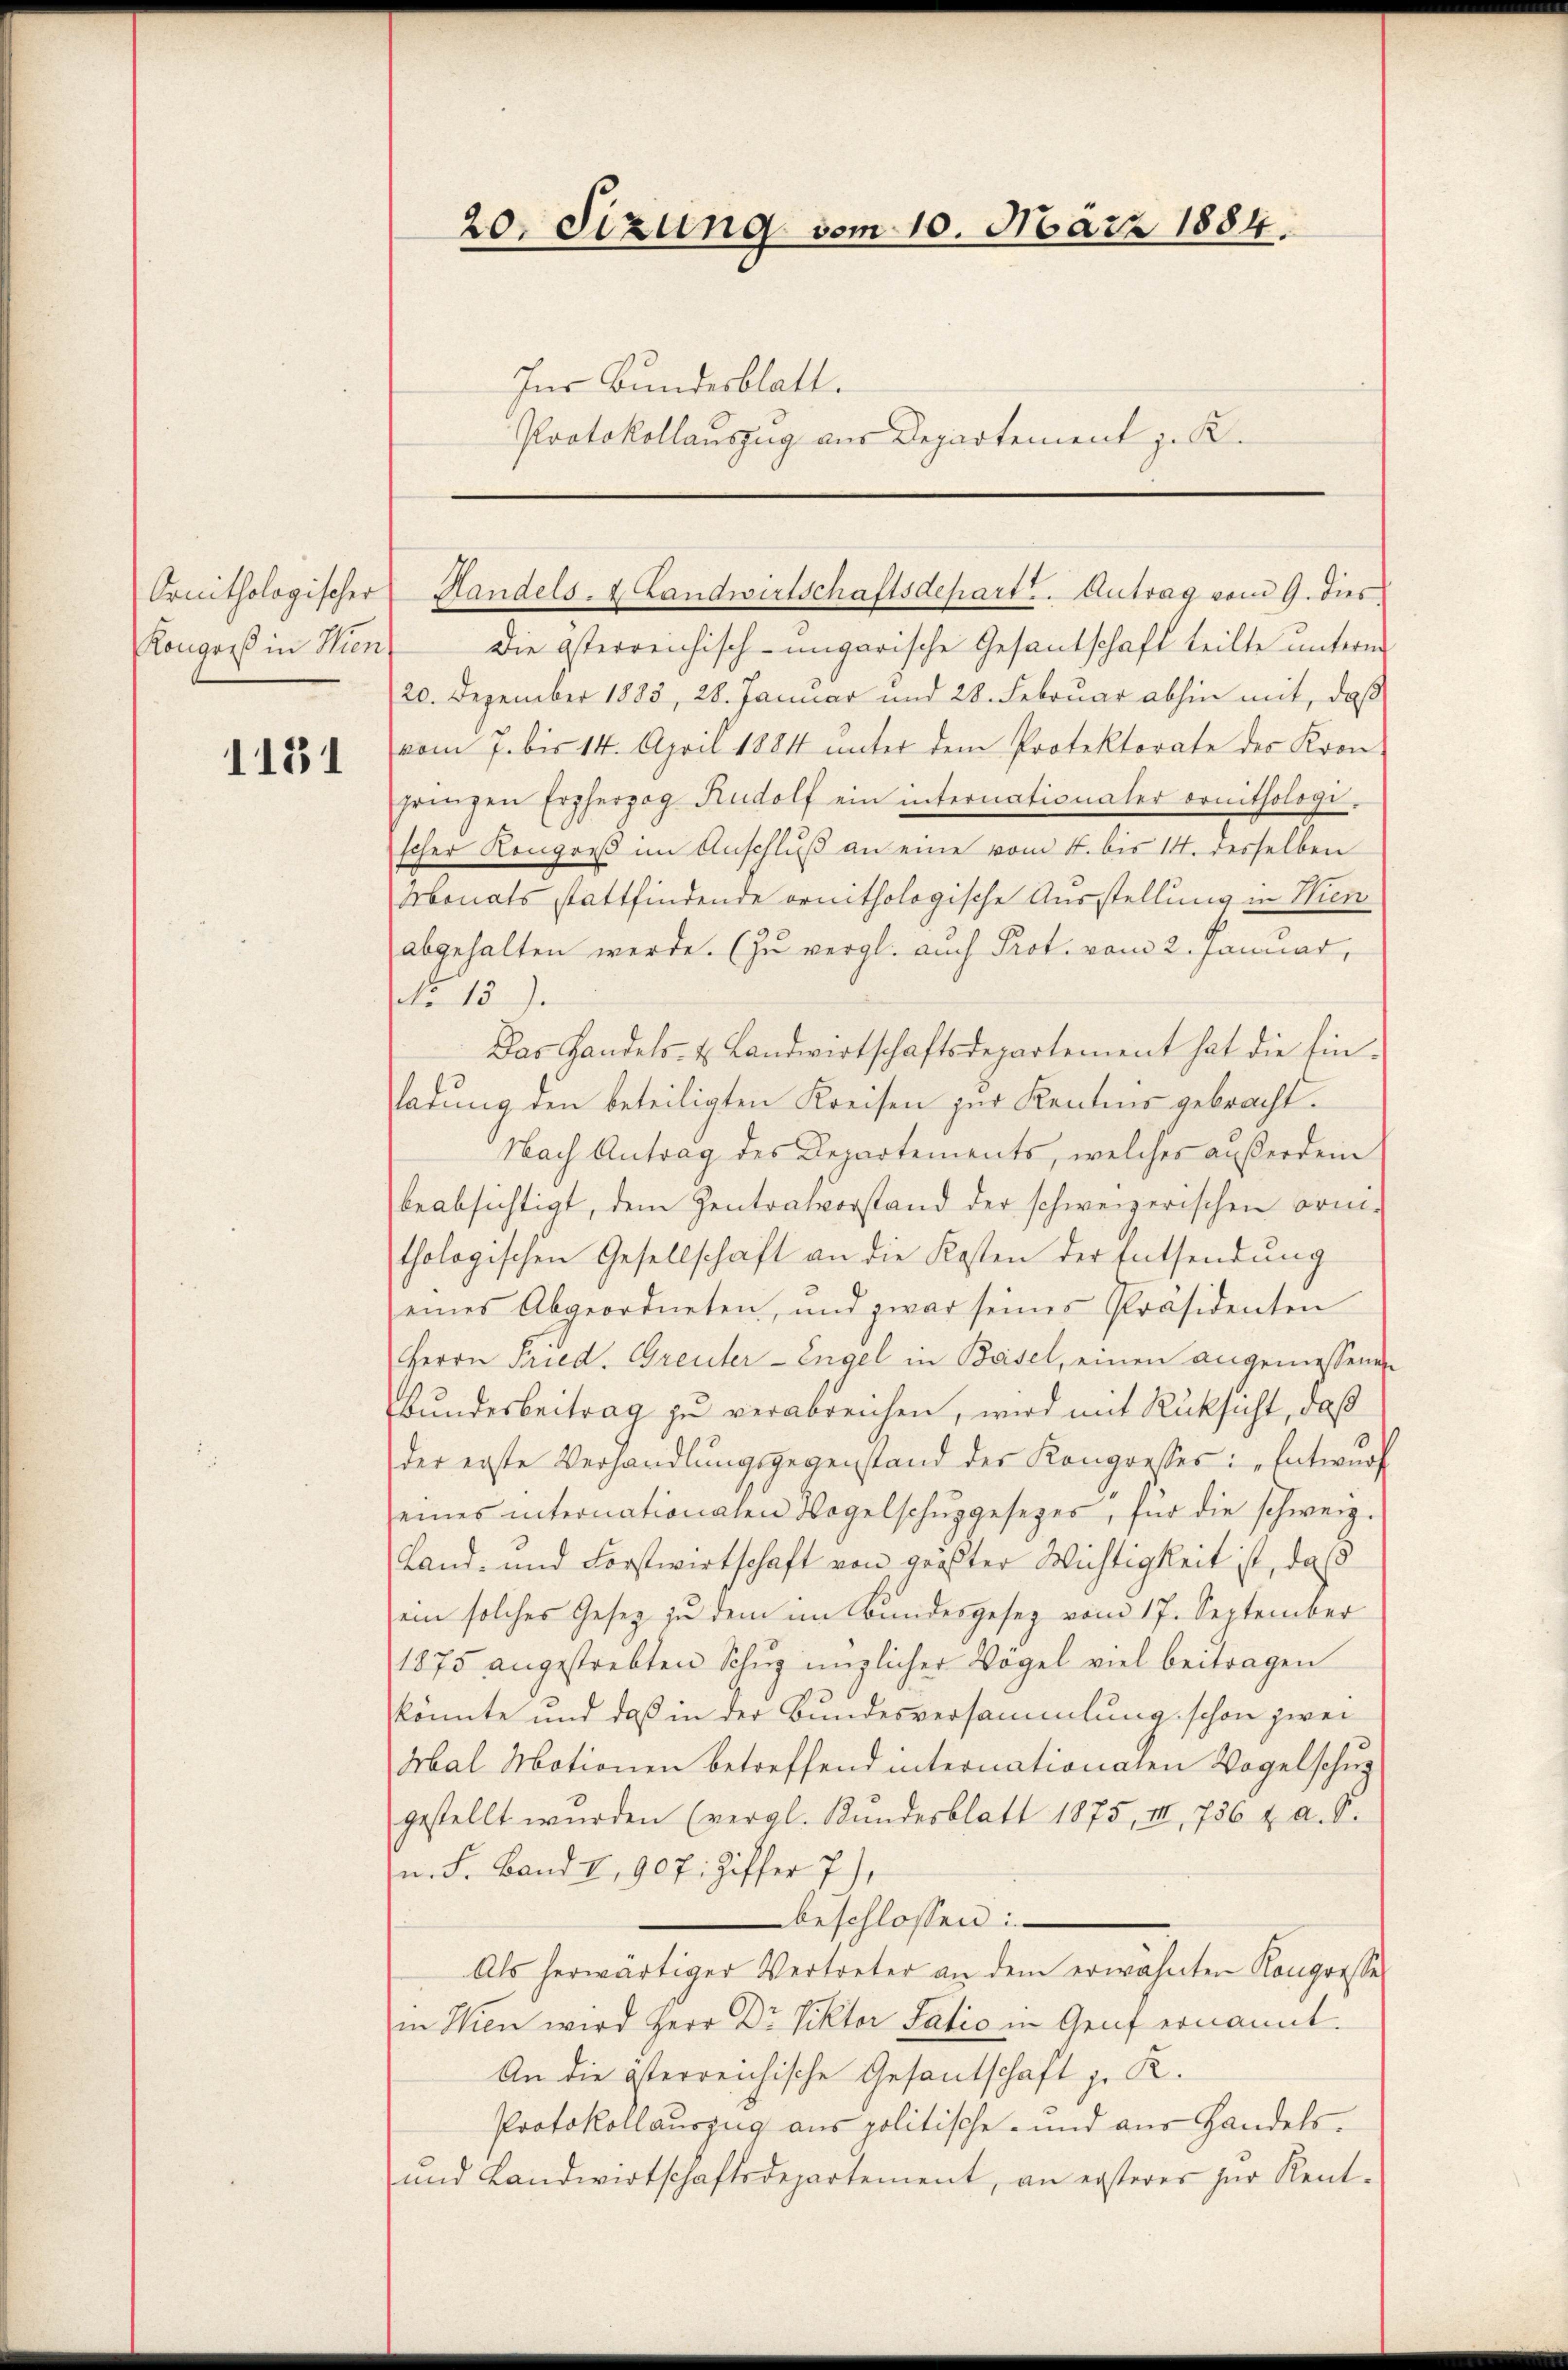
Kongreß in Wien

1131

20. Sizung vom 10. März 1884.
Ins Bundesblatt.
Protokollauszug aus Departement z. K.

Die österreichisch-ungarische Gesandschaft teilte unterm
20. Dezember 1885, 28. Januar und 28. Februar abhin mit, daß
vom 7. bis 14. April 1884 unter dem Protektorate des Kron-
pringen Erzherzog Rudolf ein internationaler ernithologi-
scher Kongreß im Anschluß an eine vom 4. bis 14. desselben
Monats stattfindende ornithologische Ausstellung in Wien
abgehalten werde. (zu vergl. auch Prot. vom 2. Januar,
No 15.
Das Handels- u. Landwirtschaftsdepartement hat die Ein-
ladung den beteiligten Kreisen zur Kentens gebracht.
Nach Antrag des Departements, welches außerdem
beabsichtigt, dem Zentralvorstand der schweizerischen Frni-
thologischen Gesellschaft an die Kosten der Entsendŭng
eines Abgeordneten, und zwar seines Präsidenten
Herrn Fried. Greuter-Engel in Basel, einen angemessenen
Bundesbeitrag zu verabreichen, wird mit Rücksicht, daß
der erste Verhandlŭngsgegenstand der Kongresses: „Entwurf
eines internationalen Vogelschŭpgesezes, für die schweiz.
Land- und Forstwirtschaft von größter Wichtigkeit ist, daß
sein solches Gesetz zu dem im Bundesgesez vom 17. September
1875 angestrebten Schŭp ünzlicher Vögel viel beitragen
könnte und daß in der Bundesversammlung schon zwei
Abal Motionen betreffend internationaten Vogelschug
gestellt wurden (vergl. Kundesblatt 1875, II, 756 u. a. S.
n. F. Band I, 907. Ziffer 7),
beschlossen:
Als herwärtiger Vertreter an dem erwähnten Kongresse
in Wien wird Herr Dr. Viktor Satio in Genf ernannt.
An die österreichische Gesandschaft z. R.
Protokollauszug aus politische- und aus Handels¬
und Landwirtschaftsdepartement, an ersterer zur Rent¬

Ornithologischer Handels- & Landwirtschaftsdepartt. Antrag vom 9. dies